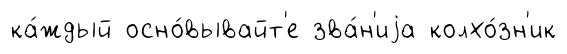
ка́ждый осно́вывайт'е зва́н'иjа колхо́зн'ик